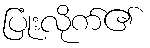
ပြုံးလိုက်၏